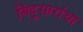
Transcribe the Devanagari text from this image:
बिंदुसारांचा